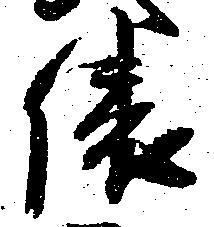
俵